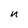
Character: n